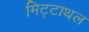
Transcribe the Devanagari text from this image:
मिट्टाथल